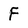
Character: F